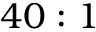
4 0 : 1